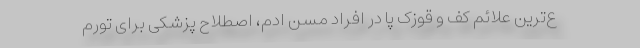
ع‌ترین علائم کف و قوزک پا در افراد مسن اِدِم، اصطلاح پزشکی برای تورم